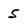
Character: 5